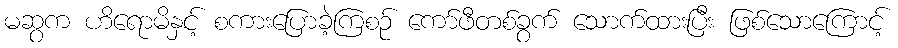
မဆွက ဟိရောမိနှင့် စကားပြောခဲ့ကြစဉ် ကော်ဖီတစ်ခွက် သောက်ထားပြီး ဖြစ်သောကြောင့်